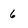
Character: 6